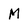
Character: M